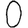
Digit: 0